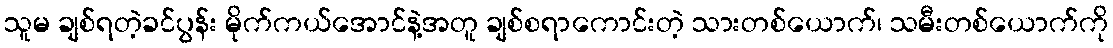
သူမ ချစ်ရတဲ့ခင်ပွန်း မိုက်ကယ်အောင်နဲ့အတူ ချစ်စရာကောင်းတဲ့ သားတစ်ယောက်၊ သမီးတစ်ယောက်ကို